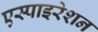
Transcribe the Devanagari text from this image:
एस्पाइरेशन